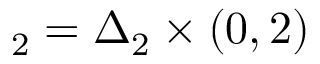
\mathbf \Delta _ { 2 } = \Delta _ { 2 } \times ( 0 , 2 )